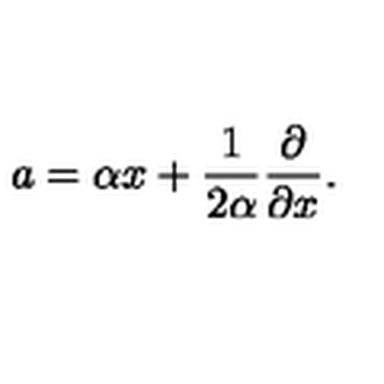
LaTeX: a = \alpha x + \frac { 1 } { 2 \alpha } \frac { \partial } { \partial x } .